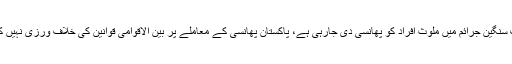
صرف سنگین جرائم میں ملوث افراد کو پھانسی دی جارہی ہے، پاکستان پھانسی کے معاملے پر بین الاقوامی قوانین کی خلاف ورزی نہیں کررہا ۔